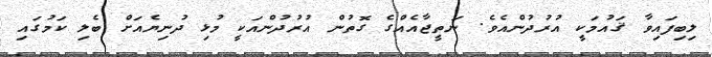
ލިބިފައިވާ ޤައުމަކީ އުރުދުންއެވެ. ނަތީޖާއެއްގެ ގޮތުން އުރުދުންއަކީ މުޅި ދުނިޔެއަށް ބެލި ކަމުގައި